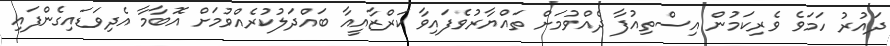
ދައުރު ހަމަވެ ވެރިކަމުން އިސްތިއުފާ ދެއްވުމަށް ތައްޔާރުވެފައިވާ ކަރްޒާއީއާ ބައްދަލުކުރެއްވުމަށް އޮބާމާ އެދިވަޑައިގެންފައި